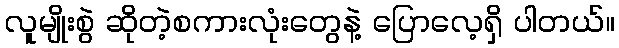
လူမျိုးစွဲ ဆိုတဲ့စကားလုံးတွေနဲ့ ပြောလေ့ရှိ ပါတယ်။